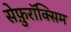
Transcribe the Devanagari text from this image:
सेफ़ुरॉक्सिम